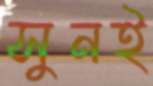
সুনই